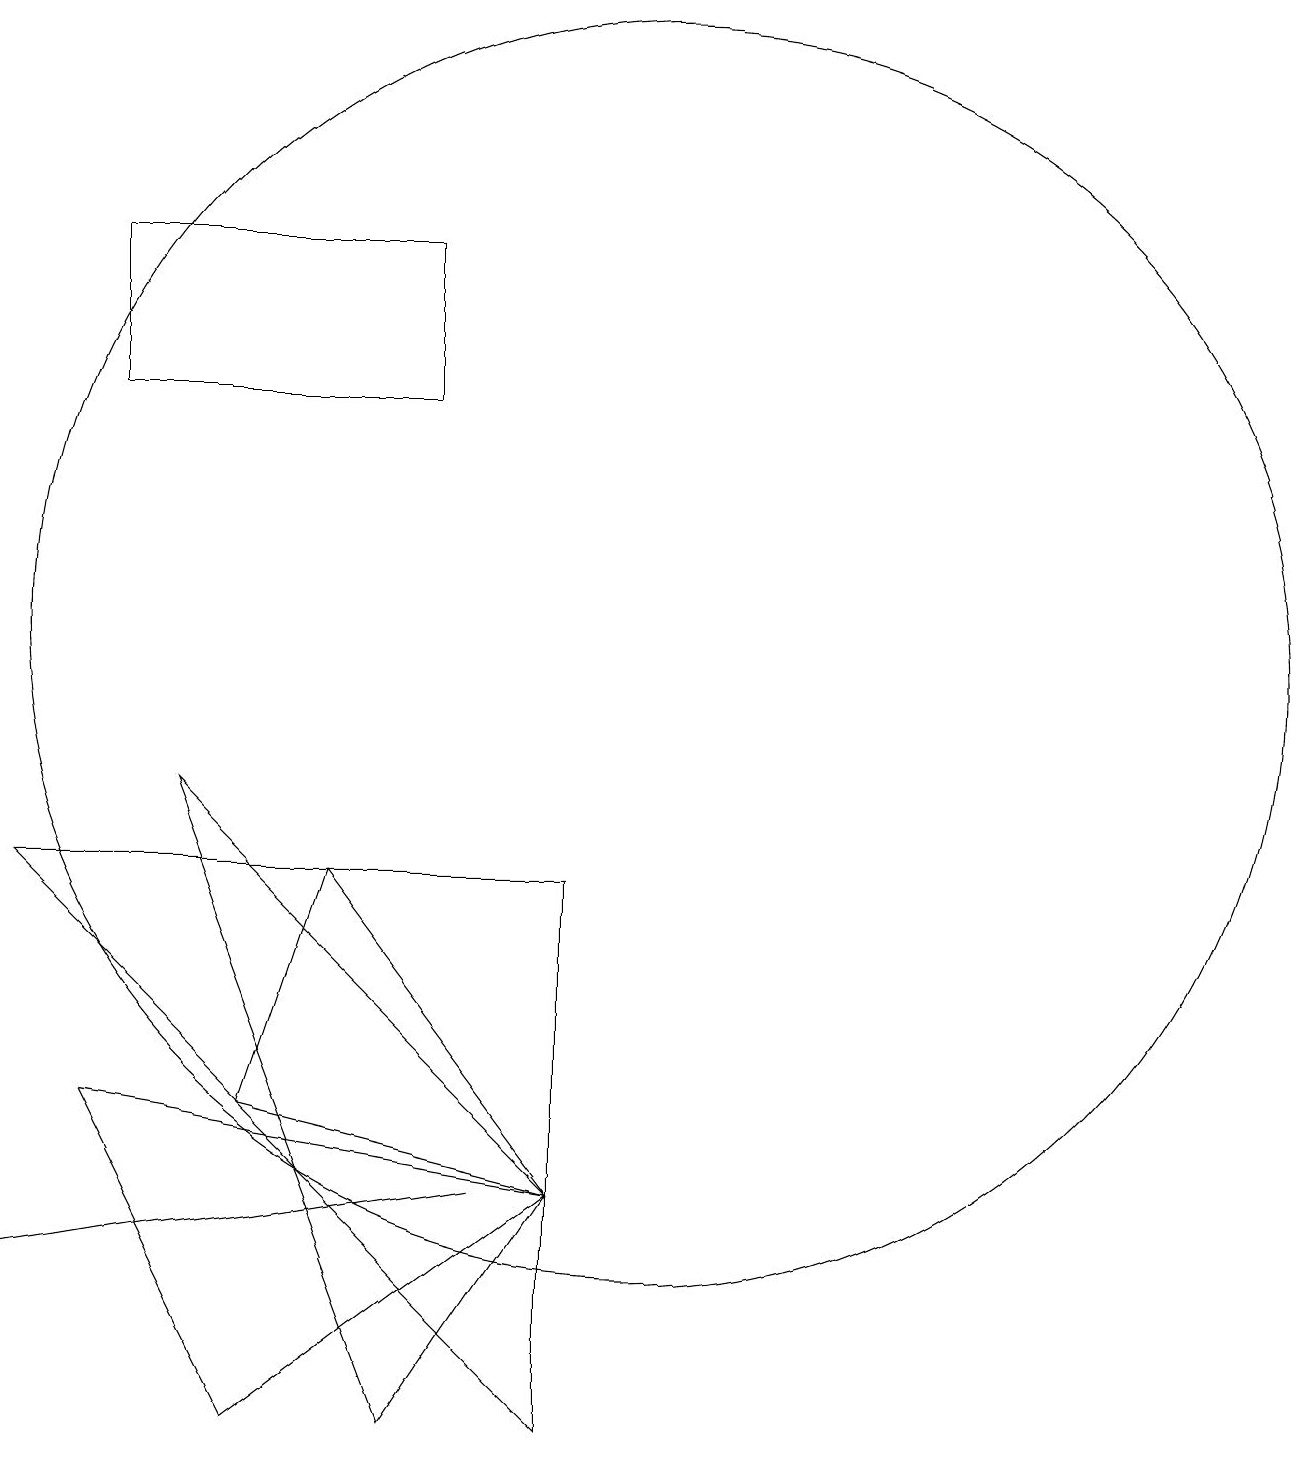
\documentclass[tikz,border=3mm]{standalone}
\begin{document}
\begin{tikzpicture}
\draw (10,10) circle (8);
\draw (8,3) -- (2,2) -- (2,2) -- cycle;
\draw (7,15) rectangle (3,13);
\draw (9,7) -- (2,7) -- (9,0) -- cycle;
\draw (4,8) -- (7,0) -- (9,3) -- cycle;
\draw (3,4) -- (9,3) -- (5,0) -- cycle;
\draw (5,4) -- (9,3) -- (6,7) -- cycle;
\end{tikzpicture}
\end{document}